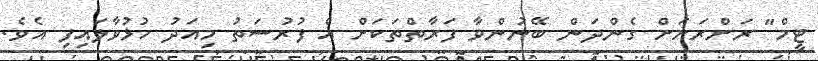
ޓީމް" ރަށްރަށަށް ގެންދަން ބޭނުންވާ ފަރާތްތަކަށް އެ ފުރުސަތު މިއަދު ހުޅުވާލައިފި އެވެ.